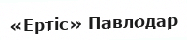
«Ертіс» Павлодар